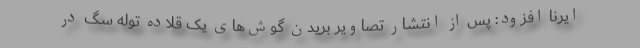
ایرنا افزود: پس از انتشار تصاویر بریدن گوش‌های یک قلاده توله سگ در